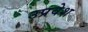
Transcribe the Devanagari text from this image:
उप्रवेश